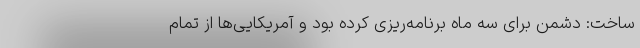
ساخت: دشمن برای سه ماه برنامه‌ریزی کرده بود و آمریکایی‌ها از تمام